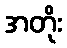
အတိုး